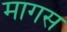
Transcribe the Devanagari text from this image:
मागस